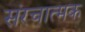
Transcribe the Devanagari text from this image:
संरचात्मक